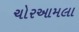
ચોરઆમલા